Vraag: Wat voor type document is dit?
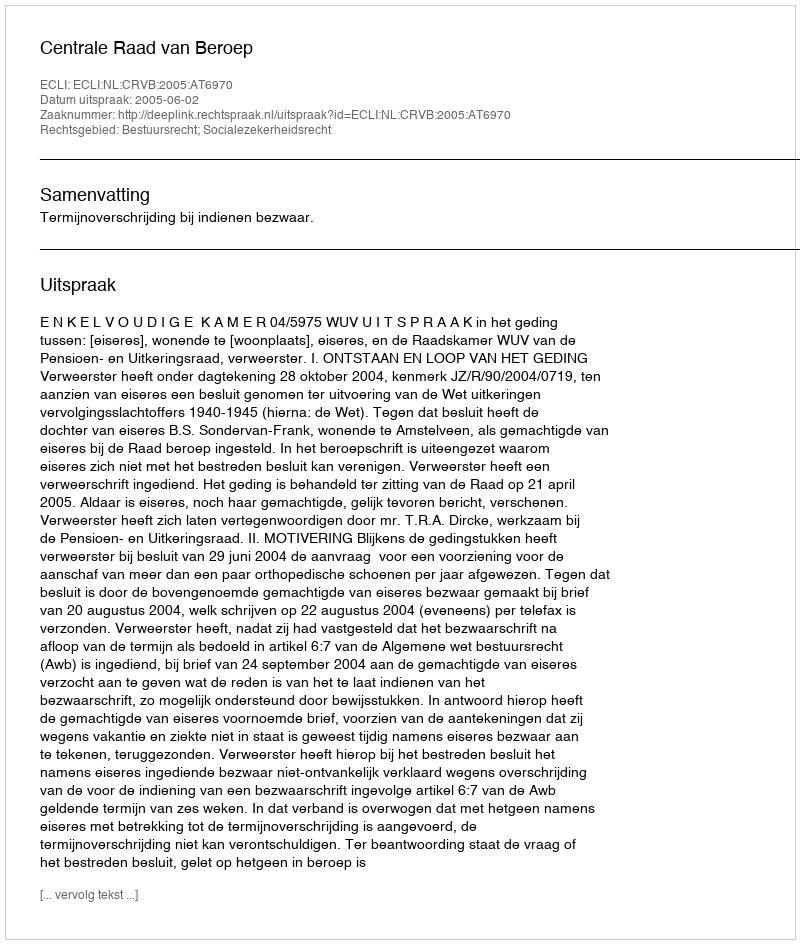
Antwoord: Uitspraak